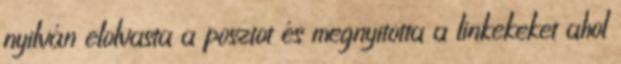
nyilván elolvasta a posztot és megnyitotta a linkekeket ahol